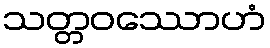
သတ္တဝဿောဟံ